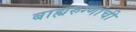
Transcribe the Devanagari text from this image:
बाह्यरुग्णांची